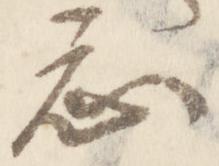
忩